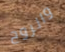
والروح